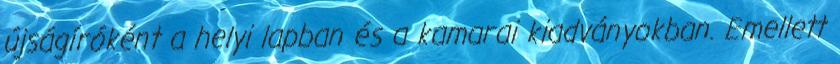
újságíróként a helyi lapban és a kamarai kiadványokban. Emellett